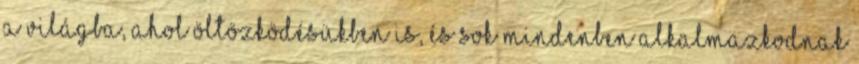
a világba, ahol öltözködésükben is, és sok mindenben alkalmazkodnak